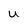
Character: u